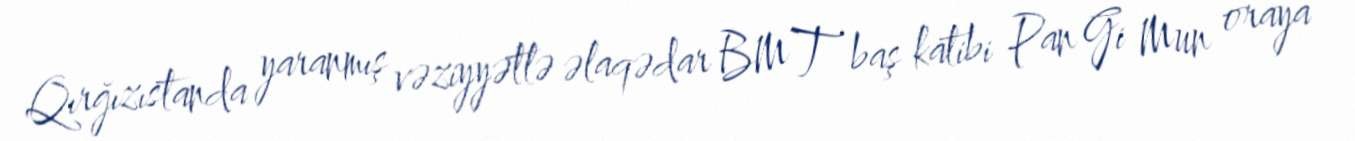
Qırğızıstanda yaranmış vəziyyətlə əlaqədar BMT baş katibi Pan Gi Mun oraya